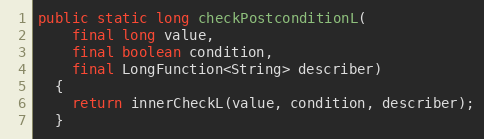
Language: Java
public static long checkPostconditionL(
    final long value,
    final boolean condition,
    final LongFunction<String> describer)
  {
    return innerCheckL(value, condition, describer);
  }